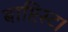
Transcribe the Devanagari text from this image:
बाप्टिस्ट।